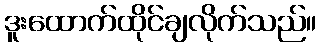
ဒူးထောက်ထိုင်ချလိုက်သည်။